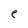
Character: e